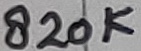
Text: 820K